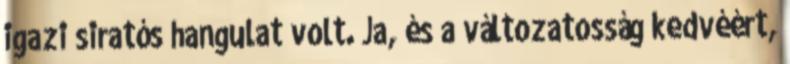
igazi siratós hangulat volt. Ja, és a változatosság kedvéért,